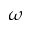
\omega